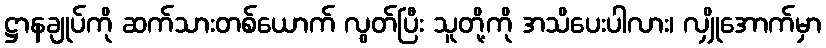
ဋ္ဌာနချုပ်ကို ဆက်သားတစ်ယောက် လွတ်ပြီး သူတို့ကို အသိပေးပါလား၊ လျှိုအောက်မှာ